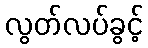
လွတ်လပ်ခွင့်